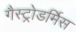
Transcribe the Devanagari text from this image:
गैस्ट्रोडर्मिस